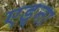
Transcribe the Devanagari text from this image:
एड्ना